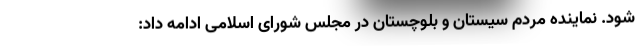
شود. نماینده مردم سیستان و بلوچستان در مجلس شورای اسلامی ادامه داد: